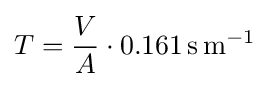
T={\frac {V}{A}}\cdot 0.161\,\mathrm {s\,m^{-1}}